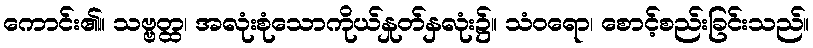
ကောင်း၏။ သဗ္ဗတ္ထ၊ အလုံးစုံသောကိုယ်နှုတ်နှလုံး၌။ သံဝရော၊ စောင့်စည်းခြင်းသည်။